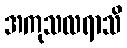
အကုသလရာသိ